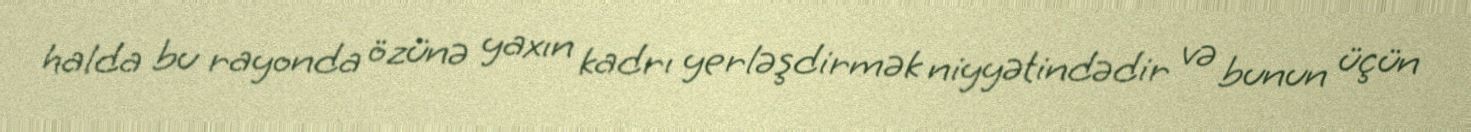
halda bu rayonda özünə yaxın kadrı yerləşdirmək niyyətindədir və bunun üçün